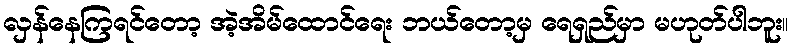
လှန်နေကြရင်တော့ အဲ့အိမ်ထောင်ရေး ဘယ်တော့မှ ရေရှည်မှာ မဟုတ်ပါဘူး။